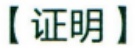
【证明】